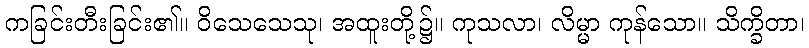
ကခြင်းတီးခြင်း၏။ ဝိသေသေသု၊ အထူးတို့၌။ ကုသလာ၊ လိမ္မာ ကုန်သော။ သိက္ခိတာ၊